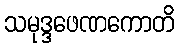
သမုဒ္ဒဖေဏကောတိ